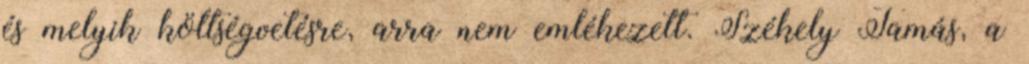
és melyik költségvetésre, arra nem emlékezett. Székely Tamás, a